system: You are a helpful assistant.
user:
Analyze the provided spectrum to determine if it is a **M-type Giant (gM)**.

A M-type Giant spectrum is defined by its **strong molecular absorption** features, particularly from **Titanium Oxide (TiO)**. You must check for one of the following mutually exclusive signatures:

- **Key Visual Indicators (Absorption-Dominated Spectrum):**

    - **(Primary):** The spectrum is dominated by strong molecular absorption from **Titanium Oxide (TiO)**. This is the **defining feature** of its M-type temperature class.
        - **(Key Bandheads):** Look for sharp, "saw-tooth" absorption valleys. The strongest are located near **~7050 Å**, **~6160 Å**, and **~5170 Å**.
        - **(Line Profile):** The "saw-tooth" morphology is critical: a **sharp, steep drop on the BLUE (short-wavelength) side** of the bandhead, followed by a gradual recovery (rising flux) towards the RED (long-wavelength) side.

    - **(Key Confirmation - Giant vs. Dwarf):** **ABSENCE** of strong **Calcium Hydride (CaH)** molecular bands. This is the primary diagnostic for *excluding* M-dwarfs.
        - **(Key Region):** The spectrum should lack the strong, broad absorption band seen in dwarfs between **~6800 Å and ~7000 Å**.

    - **(Secondary Confirmation - Giant):** A very strong and broad **Neutral Calcium (Ca I)** atomic absorption line.
        - **(Key Line):** Located at **~4226 Å**. In a giant (gM), this line is significantly deeper and broader than the same line in an M-dwarf (dM) due to low surface gravity.

    - **(Overall Spectrum):**
        - The continuum is **extremely red-sloping** (i.e., flux is very low in the blue and rises dramatically towards the red).
        - The entire spectrum appears "chopped up" by the deep TiO bands.

Think first, call **spectral_visualization_tool** if needed to examine features in detail, then provide your final answer. Your response must adhere to the following strict rules:
1.  **Overall Structure:** Your response must follow the format `<think>...</think> <tool_call>...</tool_call> (if a tool is used) <answer>...</answer>`.
2.  **Tool Usage Constraint:** You may only make **one** tool call per turn.
3.  **Final Answer Format:** In the `<answer>` tag, your conclusion must be inside a `\boxed{}` command (e.g., `\boxed{YES}` or `\boxed{NO}`), followed by your justification.

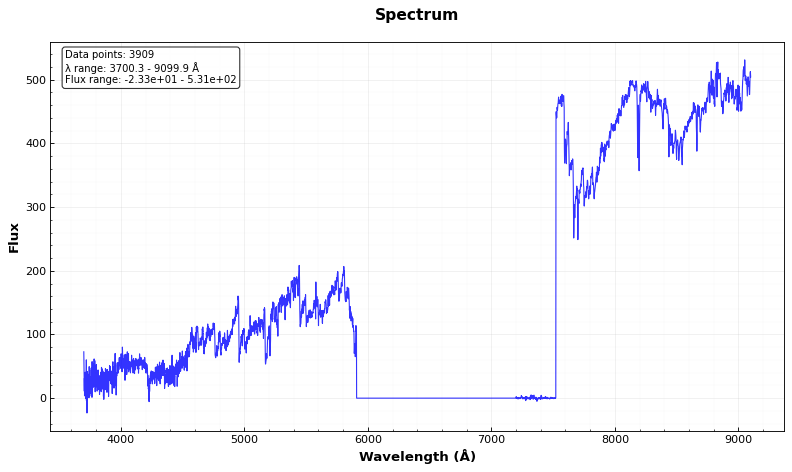
Answer: NO